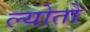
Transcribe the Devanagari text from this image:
ल्योतो